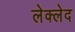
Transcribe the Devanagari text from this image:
लेक्लेद